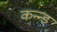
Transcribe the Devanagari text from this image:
कन्न्ड